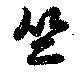
竺